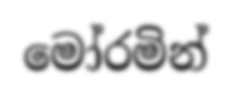
මෝරමින්